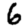
Digit: 6